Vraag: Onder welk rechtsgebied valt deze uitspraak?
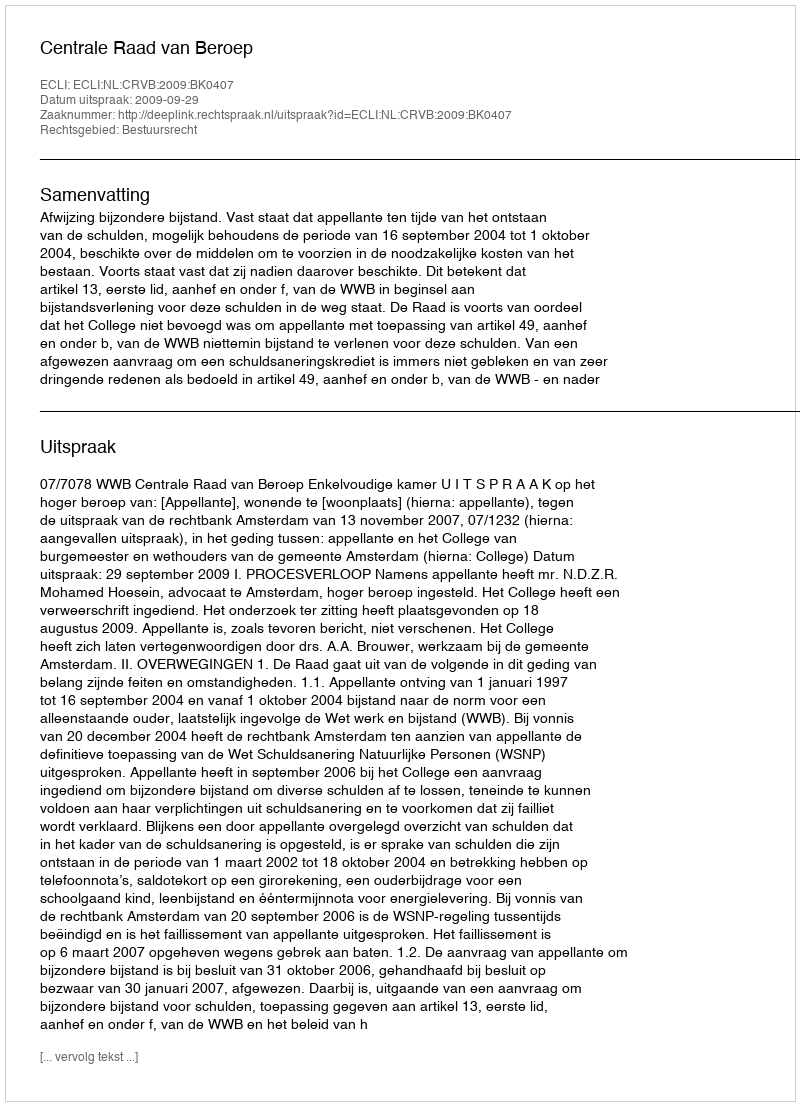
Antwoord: Bestuursrecht